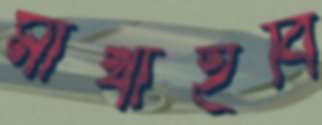
মাখাইবি